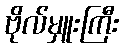
ဗိုလ်မှူးကြီး